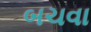
બચવા